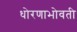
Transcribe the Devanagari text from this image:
धोरणाभोवती